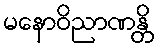
မနောဝိညာဏန္တိ